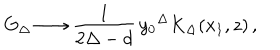
G _ { \Delta } \longrightarrow \frac { 1 } { 2 \Delta - d } \, { y _ { 0 } } ^ { \Delta } K _ { \Delta } ( x _ { 1 } , z ) \, ,